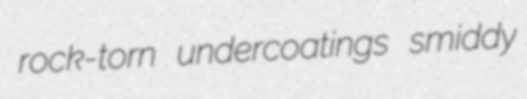
rock-torn undercoatings smiddy